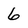
Character: 6